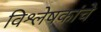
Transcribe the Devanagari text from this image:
विश्लेषकांचे